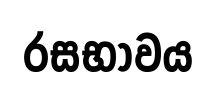
රසභාවය